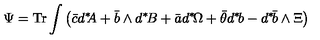
\Psi = \mathrm { T r } \int \left( \bar { c } d ^ { \ast } \! \! A + \bar { b } \wedge d ^ { \ast } \! B + \bar { a } d ^ { \ast } \! \Omega + \bar { \theta } d ^ { \ast } \! b - d ^ { \ast } \! \bar { b } \wedge \Xi \right)